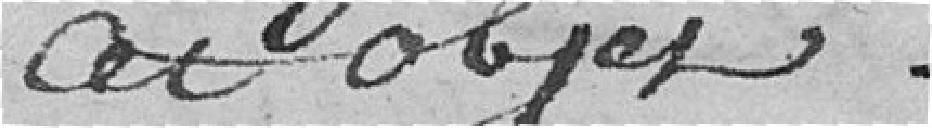
cet objet.